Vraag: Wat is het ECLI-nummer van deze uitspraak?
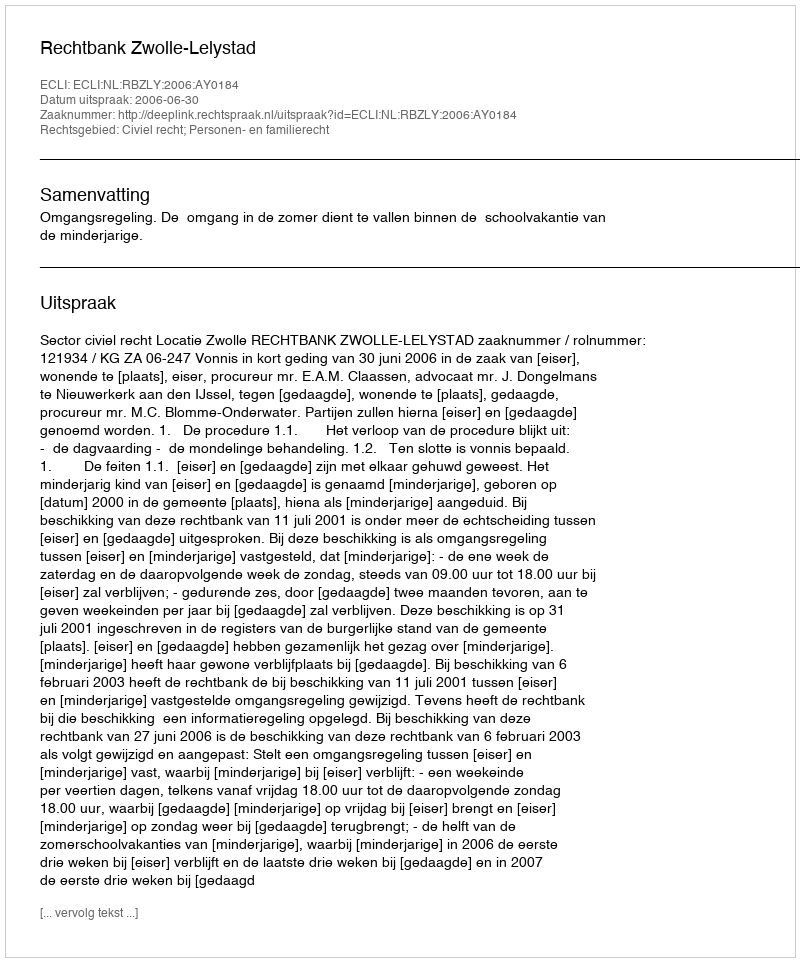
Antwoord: ECLI:NL:RBZLY:2006:AY0184